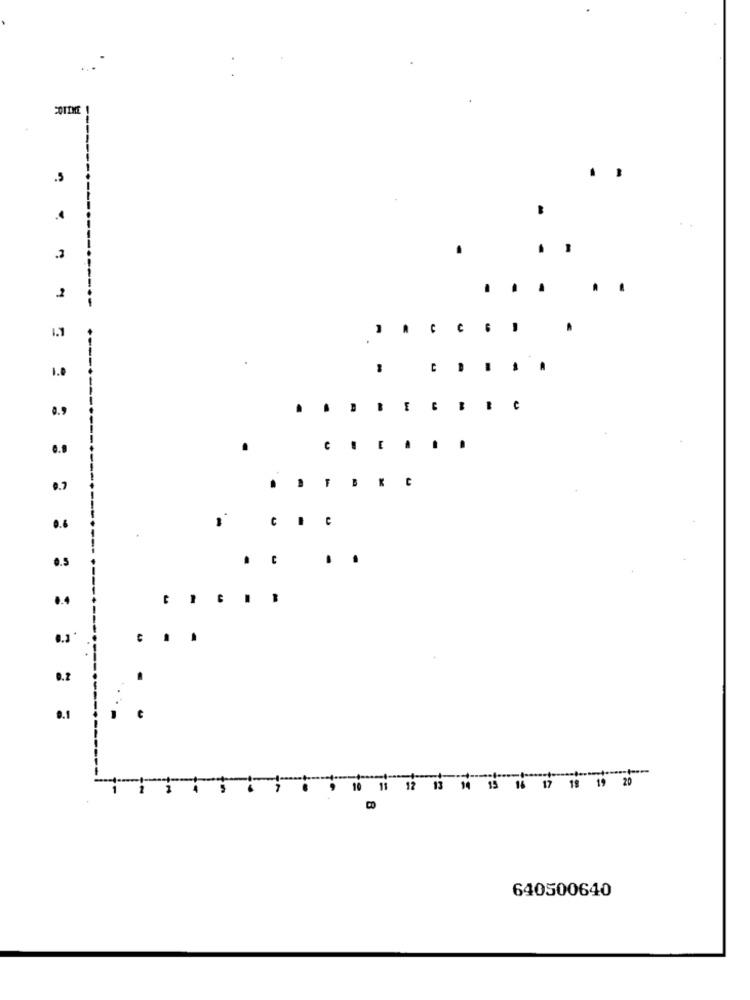
COTIME
.5
------
2
1.7
-
.
1.0
U
---
..... . . . .
---
...
......
0.7
..... C
0.6
0.5
.
0.3
0.2
0.1
15 16 17 18 19 20
1
11
12
13 14
640500640